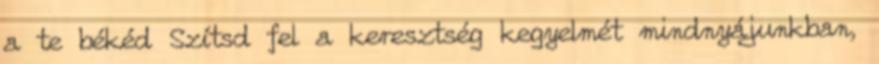
a te békéd Szítsd fel a keresztség kegyelmét mindnyájunkban,